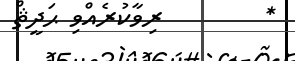
*        ރިވާކުރެއްވި ޙަދީޘް